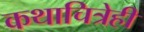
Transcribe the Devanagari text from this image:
कथाचित्रेही